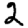
Digit: 2